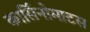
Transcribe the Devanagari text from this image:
कार्सिनोमाटस